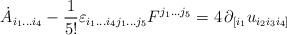
LaTeX: \begin{align*}\dot{A}_{i_1 \dots i_4} - \frac{1}{5!} \varepsilon_{i_1 \dots i_4 j_1 \dots j_5} F^{j_1 \dots j_5}= 4 \, \partial_{[i_1} u_{i_2 i_3 i_4]}\end{align*}